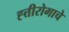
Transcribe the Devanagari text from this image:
ह्त्तीरोगाचे